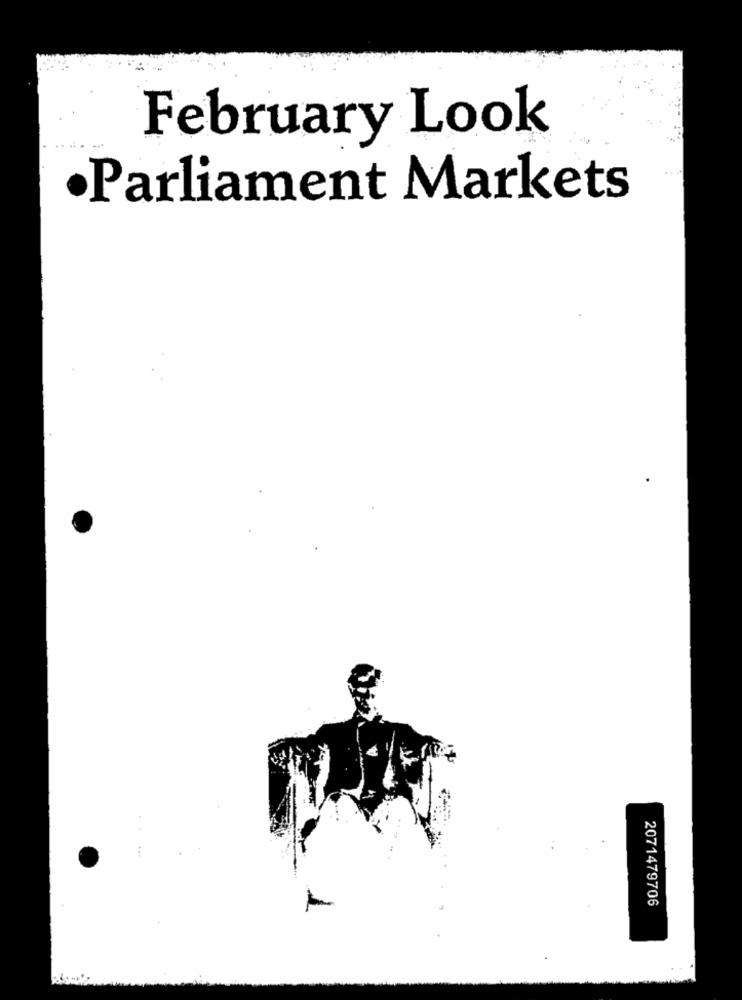
February Look
Parliament Markets
2071479706